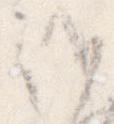
候